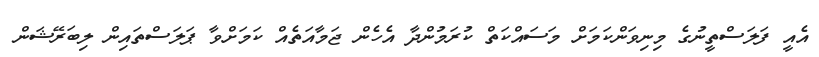
އެއީ ފަލަސްތީނުގެ މިނިވަންކަމަށް މަސައްކަތް ކުރަމުންދާ އެހެން ޖަމާއަތެއް ކަމަށްވާ ޕަލަސްތައިން ލިބަރޭޝަން